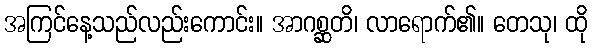
အကြင်နေ့သည်လည်းကောင်း။ အာဂစ္ဆတိ၊ လာရောက်၏။ တေသု၊ ထို